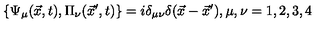
\{ \Psi _ { \mu } ( \vec { x } , t ) , \Pi _ { \nu } ( \vec { x } ^ { \prime } , t ) \} = i \delta _ { \mu \nu } \delta ( \vec { x } - \vec { x } ^ { \prime } ) , \mu , \nu = 1 , 2 , 3 , 4